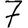
Digit: 7